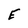
Character: E